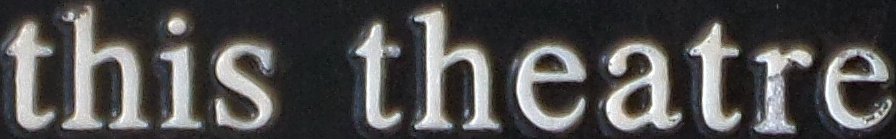
this theatre